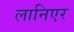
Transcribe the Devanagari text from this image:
लानिएर